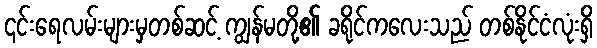
၎င်းရေလမ်းများမှတစ်ဆင့် ကျွန်မတို့၏ ခရိုင်ကလေးသည် တစ်နိုင်ငံလုံးရှိ